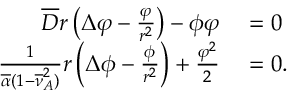
\begin{array} { r l } { \overline { { D } } r \left( \Delta \varphi - \frac { \varphi } { r ^ { 2 } } \right) - \phi \varphi } & { { } = 0 } \\ { \frac { 1 } { \overline { { \alpha } } ( 1 - \overline { { \nu } } _ { A } ^ { 2 } ) } r \left( \Delta \phi - \frac { \phi } { r ^ { 2 } } \right) + \frac { \varphi ^ { 2 } } { 2 } } & { { } = 0 . } \end{array}